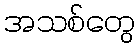
အသစ်တွေ